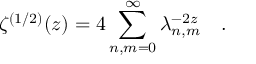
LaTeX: \zeta ^ { ( 1 / 2 ) } ( z ) = 4 \sum _ { n , m = 0 } ^ { \infty } \lambda _ { n , m } ^ { - 2 z } ~ ~ ~ .